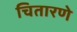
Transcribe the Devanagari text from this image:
चितारणे